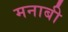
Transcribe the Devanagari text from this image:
मनाबी